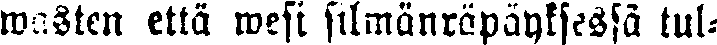
wasten että wesi silmänräpäyksessä tul-